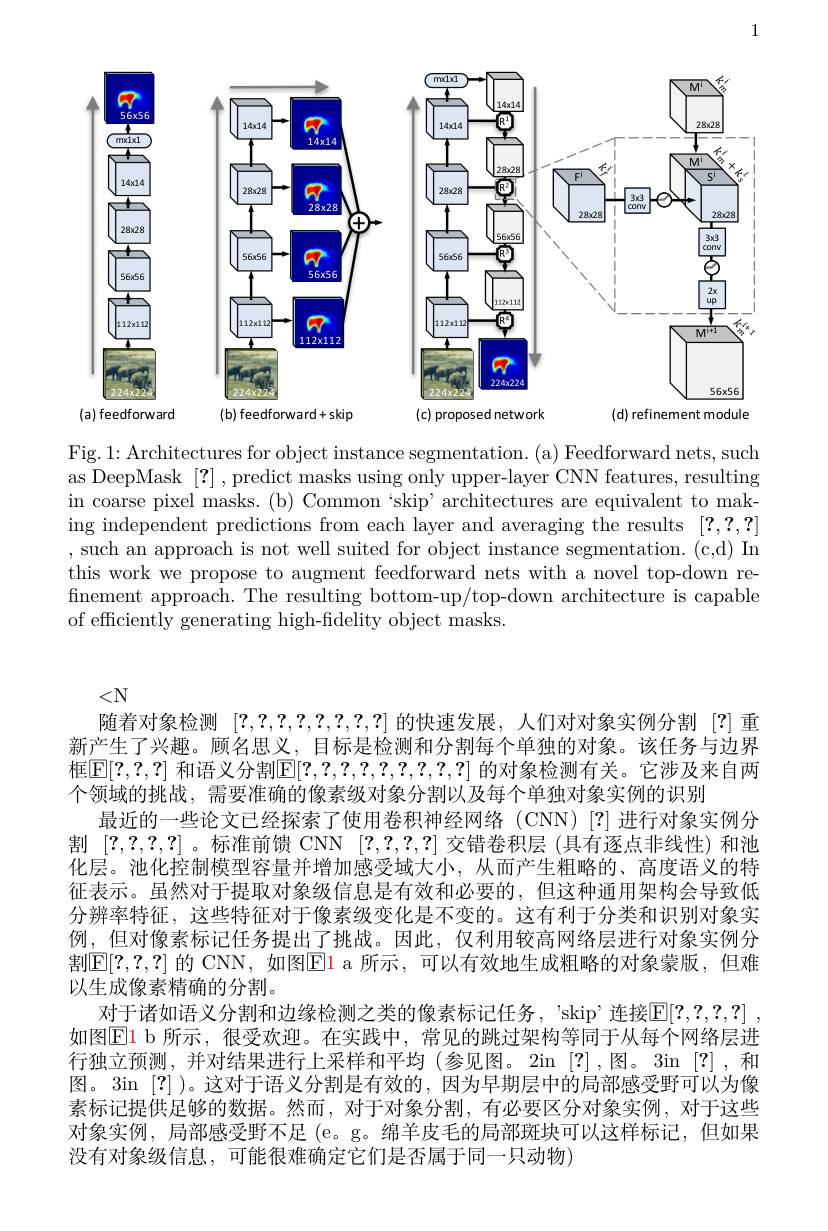
1

<FigureHere>
(c) proposed network
(d) refinement module

<FigureHere>
$(b)$ feedforward+skip

<FigureHere>
(a) feedforward

Fig. 1: Architectures for object instance segmentation. (a) Feedforward nets, such as DeepMask [?] , predict masks using only upper-layer CNN features, resulting in coarse pixel masks. (b) Common ‘skip’architectures are equivalent to making independent predictions from each layer and averaging the results [?,?,?] ,such an approach is not well suited for object instance segmentation. (c,d) In this work we propose to augment feedforward nets with a novel top-down refinement approach. The resulting bottom-up/top-down architecture is capable of efficiently generating high-fidelity object masks.

$<\mathbb{N}$
随着对象检测[?,?,?,?,?,?,?,?,?]的快速发展，人们对对象实例分割[?]重新产生了兴趣。顾名思义，目标是检测和分割每个单独的对象。该任务与边界框$\mathbb{E}[?,?,?]$ 和语义分割$\mathbb{E}[?,?,?,?,?,?,?,?,?]$ 的对象检测有关。它涉及来自两个领域的挑战，需要准确的像素级对象分割以及每个单独对象实例的识别
最近的一些论文已经探索了使用卷积神经网络(CNN)[?]进行对象实例分割[?,?,?,?] 。标准前馈 CNN [?,?,?,?]交错卷积层 (具有逐点非线性)和池化层。池化控制模型容量并增加感受域大小，从而产生粗略的、高度语义的特征表示。虽然对于提取对象级信息是有效和必要的，但这种通用架构会导致低分辨率特征，这些特征对于像素级变化是不变的。这有利于分类和识别对象实例，但对像素标记任务提出了挑战。因此，仅利用较高网络层进行对象实例分割$\mathbb{E}[?,?,?]$ 的 CNN, 如图$\mathbb{E}$l a 所示，可以有效地生成粗略的对象蒙版，但难以生成像素精确的分割。
对于诸如语义分割和边缘检测之类的像素标记任务，'skip'连接$\mathbb{E} [ ? , ? , ? , ? ]$ , 如图$\boxed{\mathrm{El~b~所示，~}}$很受欢迎。在实践中，常见的跳过架构等同于从每个网络层进行独立预测，并对结果进行上采样和平均(参见图。2in [?],图。3in [?],和图。3in [?] )。这对于语义分割是有效的，因为早期层中的局部感受野可以为像素标记提供足够的数据。然而，对于对象分割，有必要区分对象实例，对于这些对象实例，局部感受野不足(e。g。绵羊皮毛的局部斑块可以这样标记，但如果没有对象级信息，可能很难确定它们是否属于同一只动物)